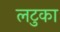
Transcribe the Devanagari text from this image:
लटुका